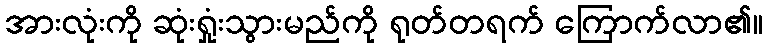
အားလုံးကို ဆုံးရှုံးသွားမည်ကို ရုတ်တရက် ကြောက်လာ၏။